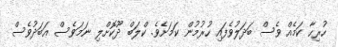
ހުރިހާ ކަމެއް ވެސް ބަދަލުވެފައި ހުރުމުން ކަމަށެވެ. ކްލަބް ދޫކޮށްލި ނަމަވެސް އަބަދުވެސް